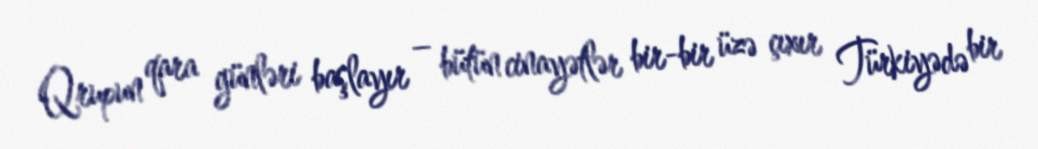
Qrupun qara günləri başlayır – bütün cinayətlər bir-bir üzə çıxır Türkiyədə bir